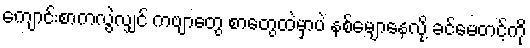
ကျောင်းစာကလွဲလျှင် ကဗျာတွေ စာတွေထဲမှာပဲ နစ်မျောနေလို့ ခင်မေတင့်ကို